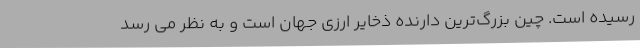
رسیده است. چین بزرگ‌ترین دارنده ذخایر ارزی جهان است و به نظر می رسد